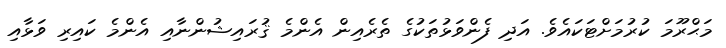
މަޙްރޫމަ ކުރުމަށްޓަކައެވެ. އަދި ފެންވަޅުތަކުގެ ތެރެއިން އެންމެ ޤުރައިޝުންނާއި އެންމެ ކައިރި ވަޅާއި